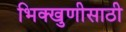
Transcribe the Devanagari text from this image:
भिक्खुणीसाठी